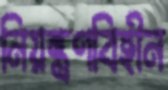
নিয়ন্ত্রণবিহীন